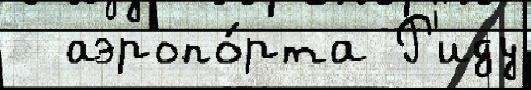
  аэропо́рта Р'иду